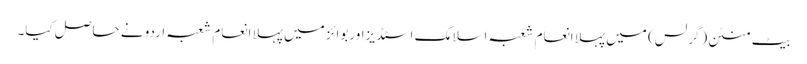
بیٹ منٹن(گرلس) میں پہلا انعام شعبہ اسلامک اسٹڈیزاوربوائز میں پہلا انعام شعبہ اردو نے حاصل کیا۔